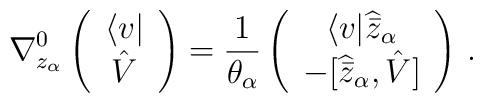
\nabla_{z_{\alpha}}^{0} \left(\begin{array}{c}\langle v| \\ \hat V  \end{array} \right)= \frac{1}{\theta_{\alpha}} \left(\begin{array}{c}   \langle v| \widehat{\bar z}_{\alpha}  \\-\lbrack  \widehat{\bar z}_{\alpha}, \hat V \rbrack   \end{array} \right) \, .